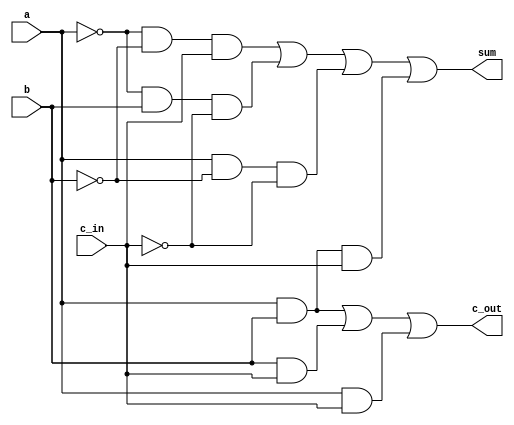
module full_adder_data_flow(a, b ,c_in, sum, c_out);

input a ,b , c_in;
output sum, c_out;

assign sum = (~a & ~b & c_in) | (~a & b & ~c_in) | (a & ~b & ~c_in) | (a & b & c_in);
assign c_out =  (a&b) | (b&c_in) | (a&c_in) ;

endmodule